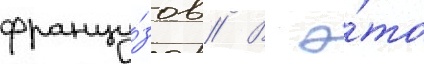
францу́зов // В э́то